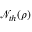
\mathcal { N } _ { t h } ( \rho )